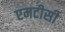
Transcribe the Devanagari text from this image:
एमटीसी